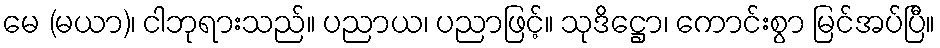
မေ (မယာ)၊ ငါဘုရားသည်။ ပညာယ၊ ပညာဖြင့်။ သုဒိဋ္ဌော၊ ကောင်းစွာ မြင်အပ်ပြီ။